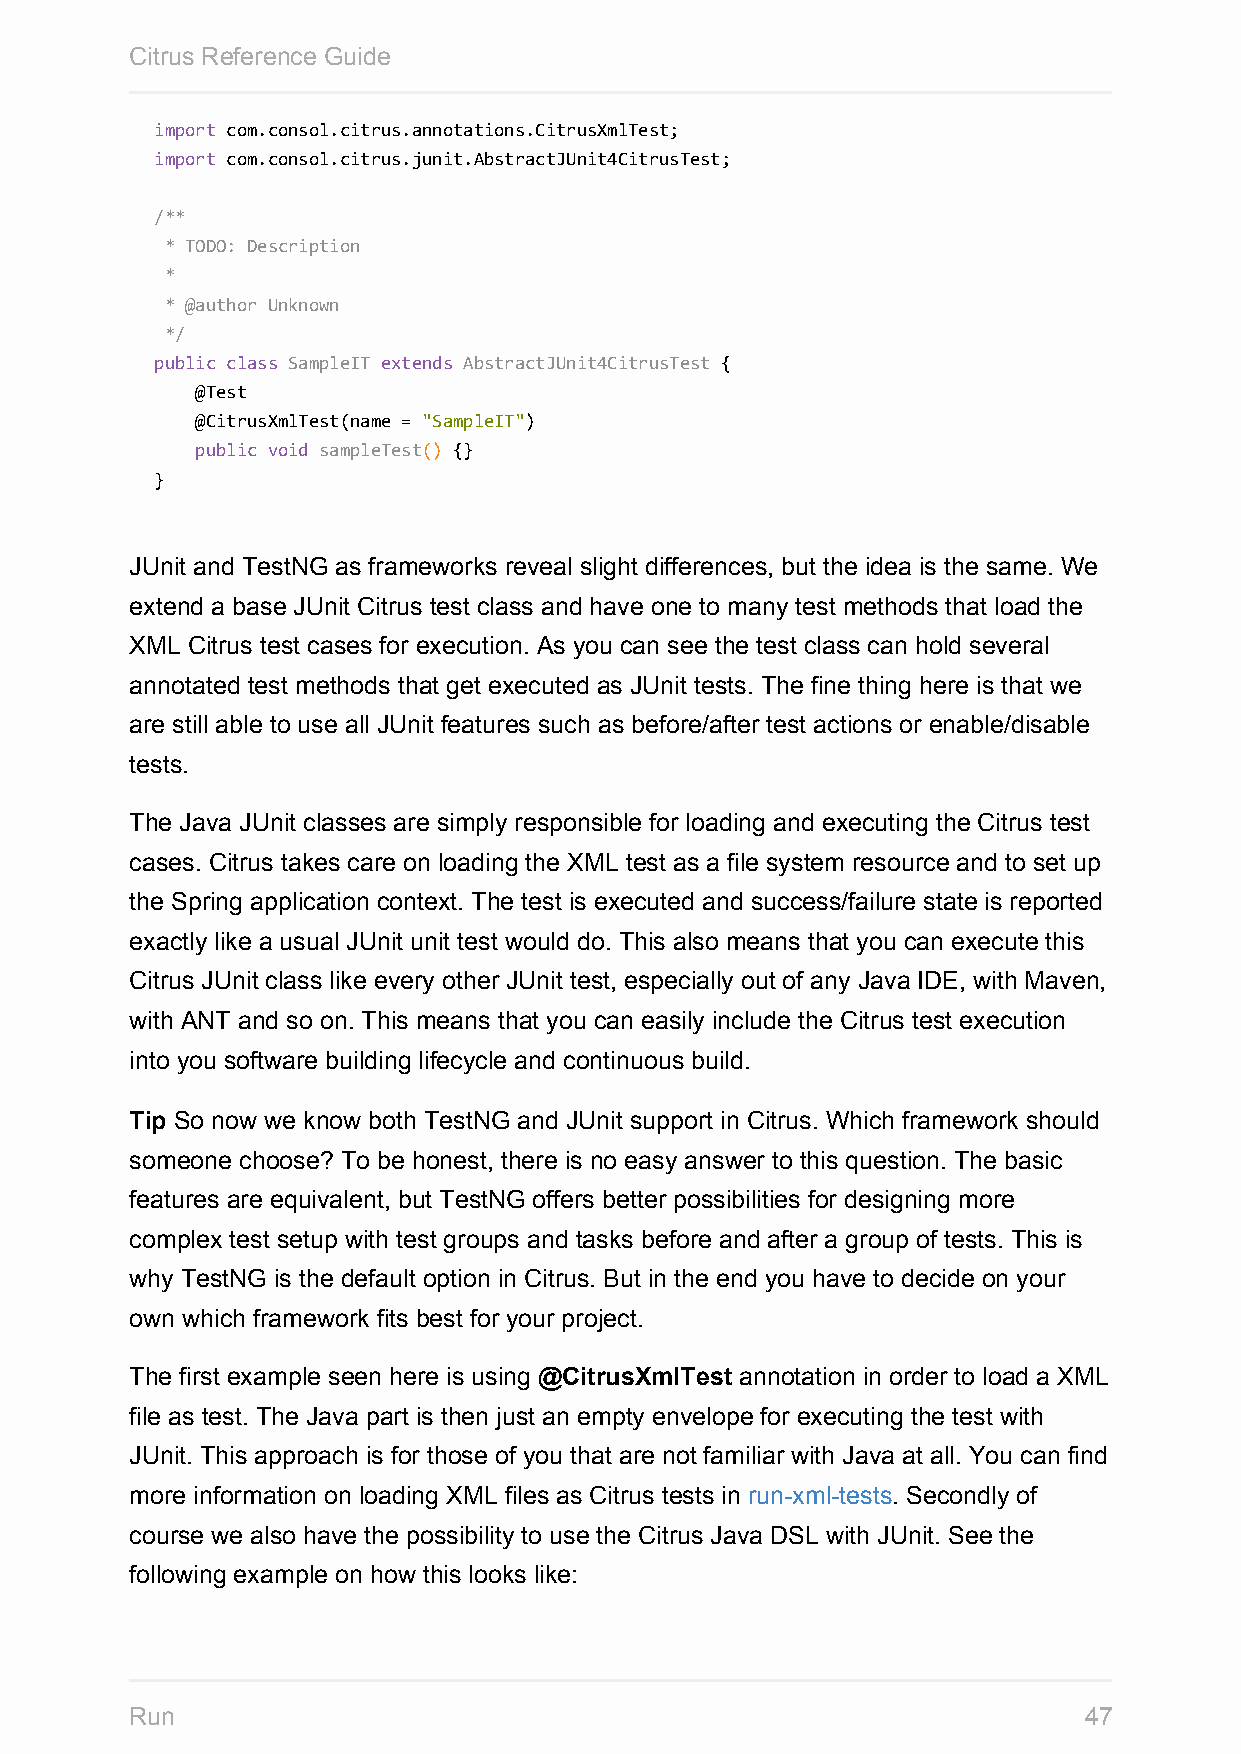
Citrus Reference Guide
 import com.consol.citrus.annotations.CitrusXmlTest;
 import com.consol.citrus.junit.AbstractJUnit4CitrusTest;
 /**
 * TODO: Description
 *
 * @author Unknown
 */
 public class SampleIT extends AbstractJUnit4CitrusTest {
 @Test
 @CitrusXmlTest(name = "SampleIT")
 public void sampleTest() {}
 }
 JUnit and TestNG as frameworks reveal slight differences, but the idea is the same. We
 extend a base JUnit Citrus test class and have one to many test methods that load the
 XML Citrus test cases for execution. As you can see the test class can hold several
 annotated test methods that get executed as JUnit tests. The fine thing here is that we
 are still able to use all JUnit features such as before/after test actions or enable/disable
 tests.
 The Java JUnit classes are simply responsible for loading and executing the Citrus test
 cases. Citrus takes care on loading the XML test as a file system resource and to set up
 the Spring application context. The test is executed and success/failure state is reported
 exactly like a usual JUnit unit test would do. This also means that you can execute this
 Citrus JUnit class like every other JUnit test, especially out of any Java IDE, with Maven,
 with ANT and so on. This means that you can easily include the Citrus test execution
 into you software building lifecycle and continuous build.
 Tip So now we know both TestNG and JUnit support in Citrus. Which framework should
 someone choose? To be honest, there is no easy answer to this question. The basic
 features are equivalent, but TestNG offers better possibilities for designing more
 complex test setup with test groups and tasks before and after a group of tests. This is
 why TestNG is the default option in Citrus. But in the end you have to decide on your
 own which framework fits best for your project.
 The first example seen here is using @CitrusXmlTest annotation in order to load a XML
 file as test. The Java part is then just an empty envelope for executing the test with
 JUnit. This approach is for those of you that are not familiar with Java at all. You can find
 more information on loading XML files as Citrus tests in run-xml-tests. Secondly of
 course we also have the possibility to use the Citrus Java DSL with JUnit. See the
 following example on how this looks like:
 Run                                                            47